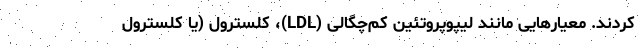
کردند. معیارهایی مانند لیپوپروتئین کم‌چگالی (LDL)، کلسترول (یا کلسترول